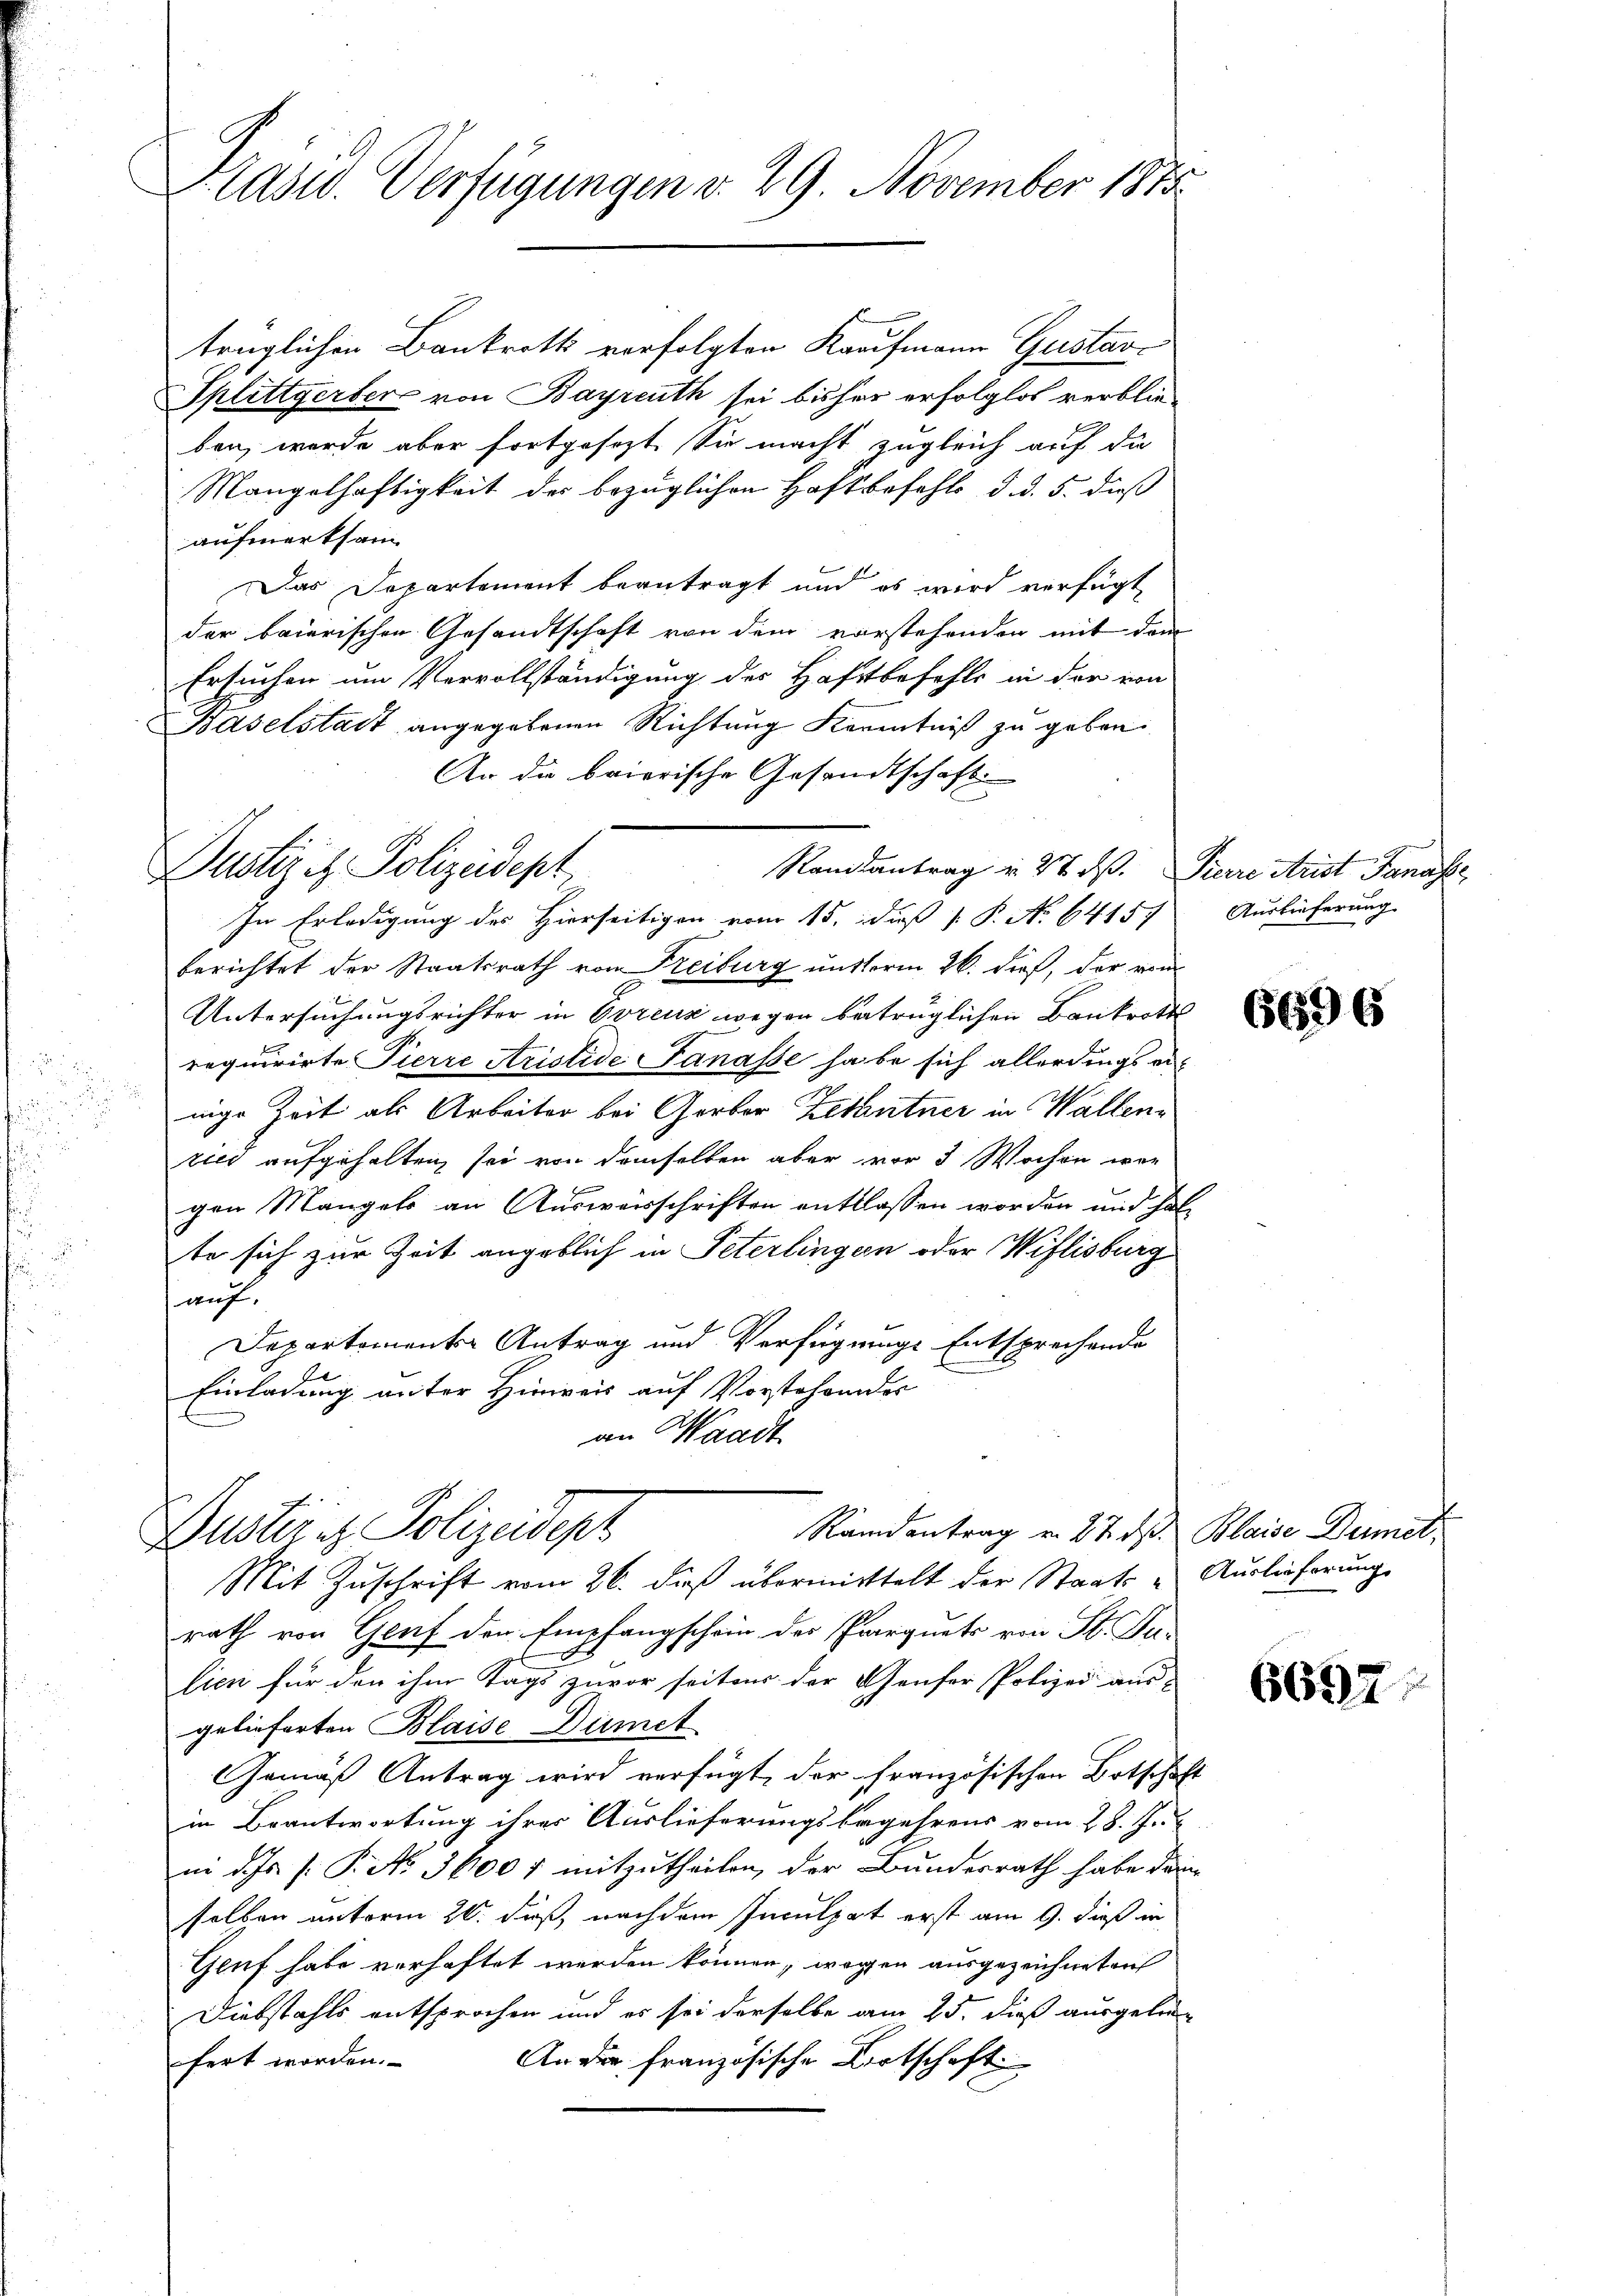
Plast. Verfügungen d. 29. November 1875.

trüglichen Bankrotts verfolgten Kaufmann Gustav-
Splettgerber von Bayreuth sei bisher erfolglos verblieben, wurde aber fortgesezt. Sie macht zugleich auf die
Mangelhaftigkeit des bezüglichen Haftbefehls d. d. 5. dieß
aufmerksam
Das Departement beantragt und es wird verfügt,
der baierischen Gesandtschaft von dem vorstehenden mit dem
Ersuchen um Vervollständigung des Haftbefehls in der von
Baselstadt angegebenen Richtung Kenntniß zu geben.
An die baierische Gesandtschaft
In Erledigung des Hierseitigen vom 15. daß P. No 64157
berichtet der Staatsrath von Freiburg unterm 26. dieß, der rei
Untersuchungsrichter in Ovrenz wegen betrüglichen Bankrotts
requirirte Pierre Aristide Fanasse habe sich allerdings er¬
2
nige Zeit als Arbeiter bei Gerber Zehntner in Wallen
ried aufgehalten, sei von demselben aber vor 3 Wochen wer
gen Mangels an Ausweisschriften enttlassen worden und hal
te sich zur Zeit angeblich in Peterlingen oder Wiflisburg
auf.
Departemente Antrag und Verfügungs Entsprechende
Einladung unter Hinweis auf Vorstehendes
an Waadt

Justiz et Polizeidept
Rantantrag u. 27. d. Pierre Arist Fanasse,

Randantrag v. 27. ds. Blaise Damit,
Austrie Polizeidept

Auslieferung

Mit Zuschrift vom 26. dieß übermittelt der Staats- Auslieferung
rath von Genf den Empfangschein der Pregnets von St. Da-
lien für den ihm Tags zuvor seitens der Genfer Polizei aus-
gelieferten Blaise Dümit
Gemäß Antrag wird verfügt, der französischen Botschaft
in Beantwortung ihrer Auslieferungsbegehrens vom 28. Ju
ii d. Js. f. P. No 36001 mitzutheilen, der Bundesrath habe dem
selben unterm 20. daß, nachdem Inculpat erst am 9. dieß in
Genf habe verhaftet werden können, wegen ausgezeichneten
Diebstahls entsprochen und es sei derselbe am 25. dieß ausgele
An der französische Wirtschaft
fert worden.

6696

6697